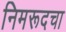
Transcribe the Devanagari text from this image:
निमरूदचा